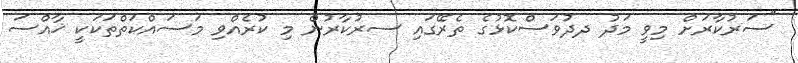
"ސަރުކާރަށް މިވީ މަދު ދދުވަސްކޮޅުގެ ތެރޭގައި ސރުކާރުން މި ކުރެއްވި މަސައްކަތްތަކަކީ ޚާއްސަ